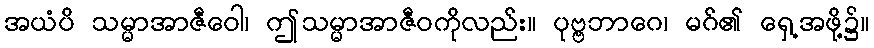
အယံပိ သမ္မာအာဇီဝေါ၊ ဤသမ္မာအာဇီဝကိုလည်း။ ပုဗ္ဗဘာဂေ၊ မဂ်၏ ရှေ့အဖို့၌။